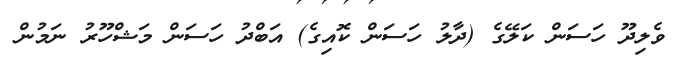
ވެލިދޫ ހަސަން ކަލޭގެ (ދާލު ހަސަން ކޮއިގެ) އަބްދު ހަސަން މަޝްހޫރު ނަމުން